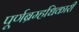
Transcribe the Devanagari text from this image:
पूर्णब्रम्हधिकारी